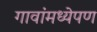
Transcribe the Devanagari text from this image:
गावांमध्येपण